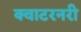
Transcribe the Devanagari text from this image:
क्वाटरनरी